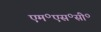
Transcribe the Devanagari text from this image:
एम॰एस॰सी॰